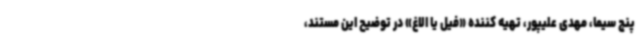
پنج سیما، مهدی علیپور، تهیه کننده «فیل یا الاغ» در توضیح این مستند،